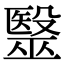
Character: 毉